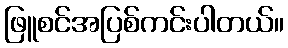
ဖြူစင်အပြစ်ကင်းပါတယ်။